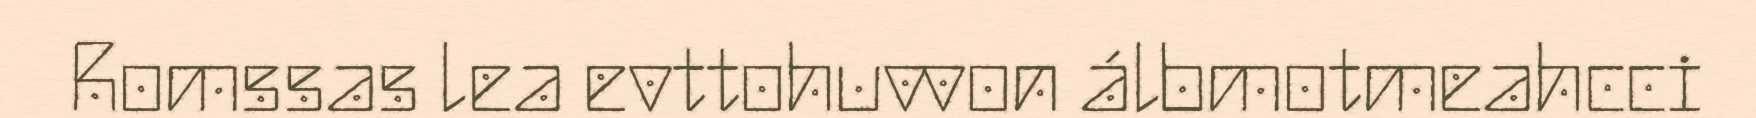
Romssas lea evttohuvvon álbmotmeahcci